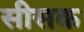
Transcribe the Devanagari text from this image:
सीसक